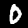
Label: 0